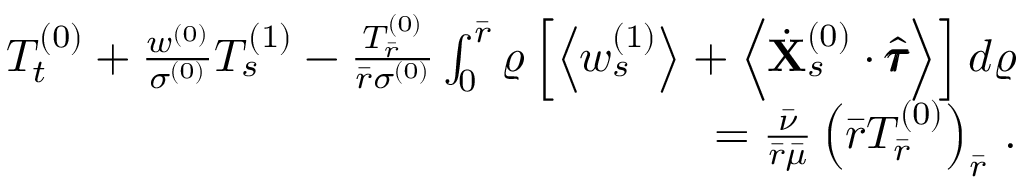
\begin{array} { r } { T _ { t } ^ { ( 0 ) } + \frac { w ^ { ( 0 ) } } { \sigma ^ { ( 0 ) } } T _ { s } ^ { ( 1 ) } - \frac { T _ { \bar { r } } ^ { ( 0 ) } } { \bar { r } \sigma ^ { ( 0 ) } } \int _ { 0 } ^ { \bar { r } } \varrho \left[ \left< w _ { s } ^ { ( 1 ) } \right> + \left< \dot { \mathbf { X } } _ { s } ^ { ( 0 ) } \cdot \hat { \pmb { \tau } } \right> \right] d \varrho } \\ { = \frac { \bar { \nu } } { \bar { r } \bar { \mu } } \left( \bar { r } T _ { \bar { r } } ^ { ( 0 ) } \right) _ { \bar { r } } \, . } \end{array}